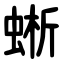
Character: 蜥